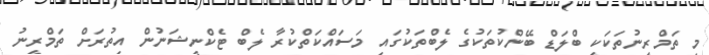
މި ތަމްރީނުތަކަކީ ބްލަޑް ބޭންކުތަކުގެ ލެބްތަކުގައި މަސައްކަތްކުރާ ލެބް ޓެކްނީޝަނުން އިތުރަށް ތަމްރީނު